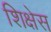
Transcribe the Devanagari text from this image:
शिक्षेस